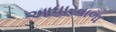
આધારવાળા